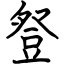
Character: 豋